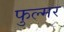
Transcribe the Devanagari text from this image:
फुल्मर